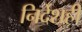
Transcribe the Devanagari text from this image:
निर्देशही